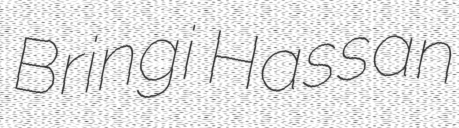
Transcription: Bringi Hassan